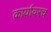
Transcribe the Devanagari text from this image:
कार्यावरच